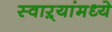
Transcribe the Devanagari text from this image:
स्वाऱ्यांमध्ये